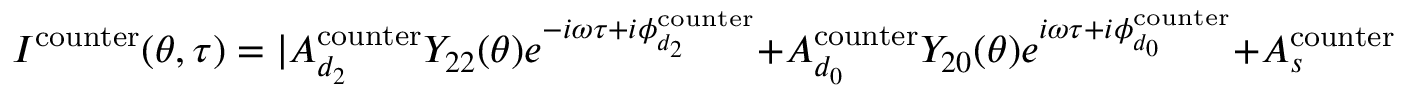
I ^ { \mathrm { { c o u n t e r } } } ( \theta , \tau ) = | A _ { d _ { 2 } } ^ { \mathrm { { c o u n t e r } } } Y _ { 2 2 } ( \theta ) e ^ { - i \omega \tau + i \phi _ { d _ { 2 } } ^ { \mathrm { { c o u n t e r } } } } + A _ { d _ { 0 } } ^ { \mathrm { { c o u n t e r } } } Y _ { 2 0 } ( \theta ) e ^ { i \omega \tau + i \phi _ { d _ { 0 } } ^ { \mathrm { { c o u n t e r } } } } + A _ { s } ^ { \mathrm { { c o u n t e r } } } Y _ { 0 0 } ( \theta ) e ^ { i \omega \tau + i \phi _ { s } ^ { \mathrm { { c o u n t e r } } } } | ^ { 2 }